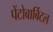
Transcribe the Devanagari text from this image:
पेंटोबार्बिटल